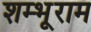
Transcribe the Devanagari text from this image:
शम्भूराम